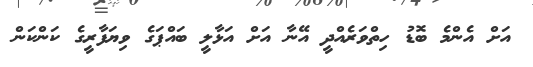
އަށް އެންމެ ބޮޑު ހިތްވަރެއްދީ އޭނާ އަށް އަޅާލީ ބައްޕަގެ ވިޔަފާރީގެ ކަންކަން